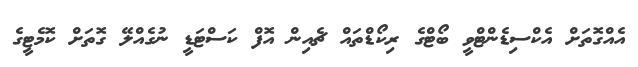
އެއްގޮތަށް އެކްސިޑެންޓްވީ ބޯޓްގެ ރިކޯޑްތައް ޗެއިން އޮފް ކަސްޓަޑީ ނުގެއްލޭ ގޮތަށް ކޮމެޓީގެ